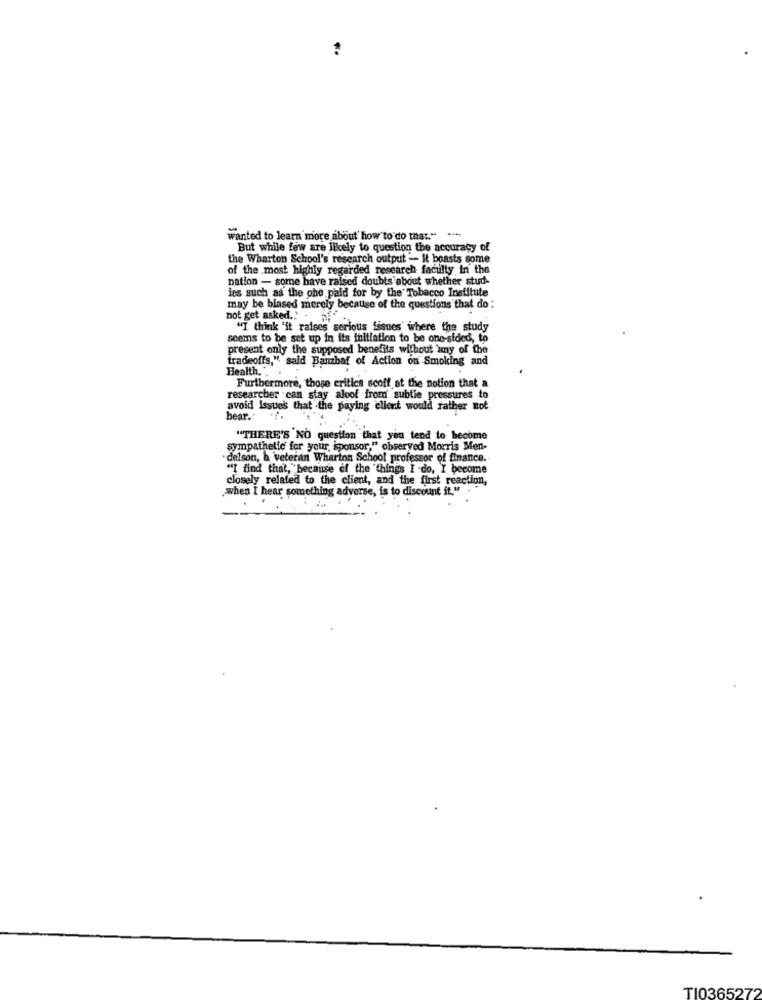
:
wanted to learn more about how to do that." ...
But while few are likely to question the accuracy of
the Wharton School's research output - It boasts some
of the most highly regarded research faculty in the
nation - some have raised doubts about whether stud-
ies such as the che paid for by the' Tobacco Institute
may be biased merely because of the questions that do :
not get asked .: - 2.
"I think 'it raises serious fiques' where the study
seems to be set up in its initiation to be one-sided, to
present only the supposed benefits without any of the
tradeoffs," said Banzhaf of Action on Smoking and
Health.".
Furthermore, those critics scoff at the notion that a
researcher .can stay aloof from subtle pressures to
avoid Issues that the paying client would rather not
bear."
"THERE'S NO question that you tend to become
sympathetic for your, sponsor," observed Morris Men-
delson, a veteran Wharton School professor of finance.
"I find that, because of the things I -do, Y become
closely related to the client, and the first reaction,
when I hear something adverse, is to discount it." . "
TI0365272